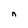
Character: n